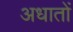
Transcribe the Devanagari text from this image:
अधातों